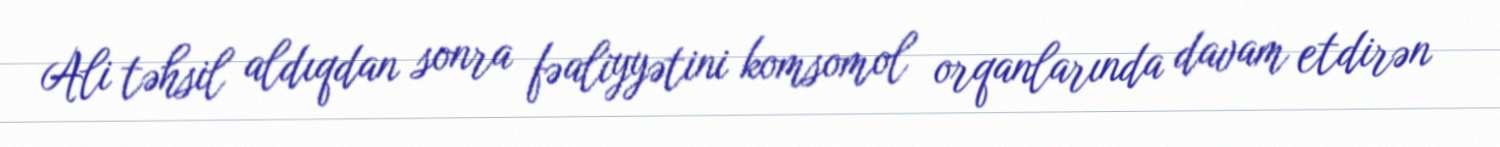
Ali təhsil aldıqdan sonra fəaliyyətini komsomol orqanlarında davam etdirən